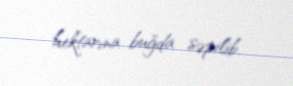
hektarına buğda səpilib.